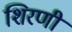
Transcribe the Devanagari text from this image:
शिरणी